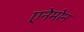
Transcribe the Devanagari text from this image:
एनेमोन